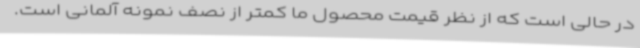
در حالی است که از نظر قیمت محصول ما کمتر از نصف نمونه آلمانی است.